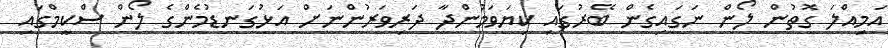
އަމިއްލަ ގޮތުން ލޯން ނަގައިގެން ބޭރުގައި ކިޔަވަމުންދާ ދަރިވަރުންނަށް އަޅުގަނޑުމެންގެ ލޯން ސްކީމްގައި